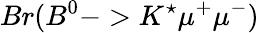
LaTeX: Br(B^{0}->K^{\star}\mu^{+}\mu^{-})